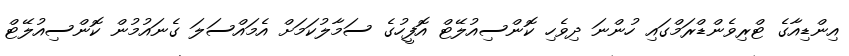
އިންޑިއާގެ ޓްރިވެންޑްރަމްގައި ހުންނަ ދިވެހި ކޮންސިއުލޭޓް އޮފީހުގެ ސަމާލުކަމަށް އެމައްސަލަ ގެނައުމުން ކޮންސިއުލޭޓް